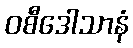
ဝစီဒေါသာနံ